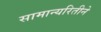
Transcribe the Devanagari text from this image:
सामान्यरितीने